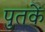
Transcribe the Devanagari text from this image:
पुतकें